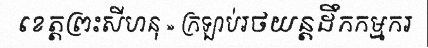
ខេត្តព្រះសីហនុ » ក្រឡាប់រថយន្តដឹកកម្មករ